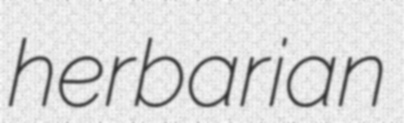
herbarian